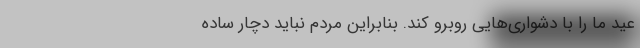
عید ما را با دشواری‌هایی روبرو کند. بنابراین مردم نباید دچار ساده